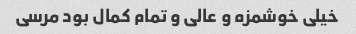
خیلی خوشمزه و عالی و تمام کمال بود مرسی